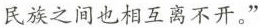
民族离不开汉族，少数民族之间也相互离不开。”